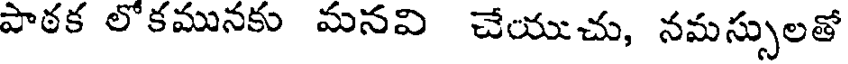
పాఠక లోకమునకు మనవి చేయుచు, నమస్సులతో